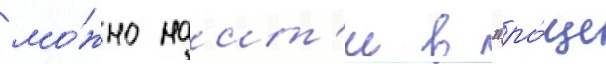
мо́жно наит'и в "ро́ще